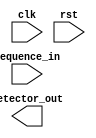
// Code your design here
// fsm pattern which detects 1101

module fsm(input sequence_in, input clk, input rst, output detector_out);
  
  parameter IDLE = 0,
		  S1     = 1,
		  S11    = 2,
		  S110   = 3,
		  S1101  = 4;

  reg [2:0] present_state, next_state;
  
  assign out = present_state == S1101 ? 1 : 0;
  
  always @ (posedge clk) begin
    if(!rst)
      present_state <= IDLE;
    else
      present_state <= next_state;
  end
  
  always @ (present_state or sequence_in) begin
    case (present_state)
      IDLE : begin
        if(sequence_in) next_state = S1;
        else
          next_state = IDLE;
      end
      
      S1: begin
        if(sequence_in) next_state = IDLE;
        else
          next_state = S11;
      end
      
      S11: begin
        if(sequence_in) next_state = S110;
        else
          next_state = IDLE;
      end
      
      S110: begin
        if(sequence_in) next_state = S1101;
        else
          next_state = IDLE;
      end
      
      S1101: begin
        next_state = IDLE;
      end
    endcase
  end
endmodule